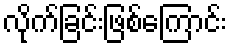
လိုက်ခြင်းဖြစ်ကြောင်း